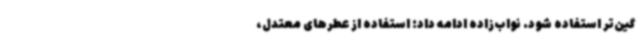
گین‌تر استفاده شود. نواب‌زاده ادامه داد: استفاده از عطرهای معتدل،